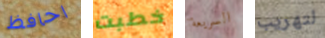
احافظ خطبت السريعة لتهريب